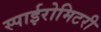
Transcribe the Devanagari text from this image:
स्पाईरोमिटरी